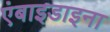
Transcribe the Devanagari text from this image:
एंबाइडाइना